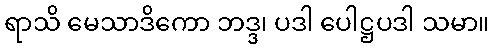
ရာသိ မေသာဒိကော ဘဒ္ဒ၊ ပဒါ ပေါဋ္ဌပဒါ သမာ။